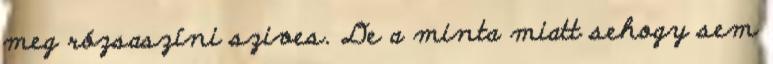
meg rózsaszíni szives. De a minta miatt sehogy sem